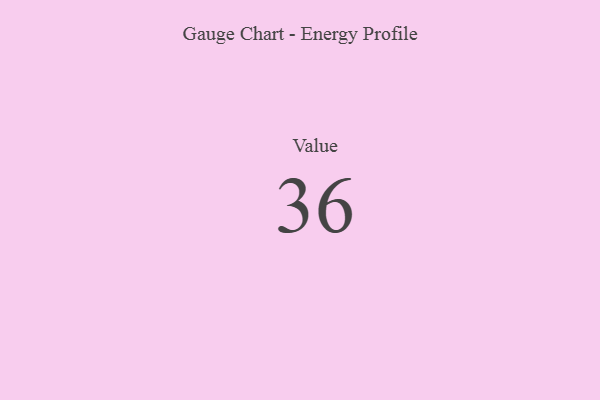
{"axis": {"x": "Metric", "y": "Value"}, "legend": [""], "data": [{"x": "Value", "y": 36, "type": ""}]}